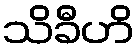
သိခီဟိ